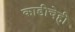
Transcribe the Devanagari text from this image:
काडीचेही